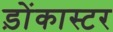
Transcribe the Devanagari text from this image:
ड़ोंकास्टर